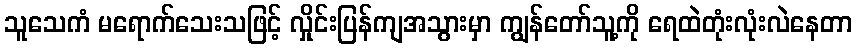
သူသေကံ မရောက်သေးသဖြင့် လှိုင်းပြန်ကျအသွားမှာ ကျွန်တော်သူ့ကို ရေထဲတုံးလုံးလဲနေတာ